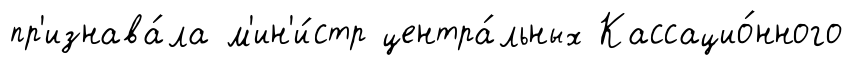
пр'изнава́ла м'ин'и́стр центра́льных Кассацио́нного